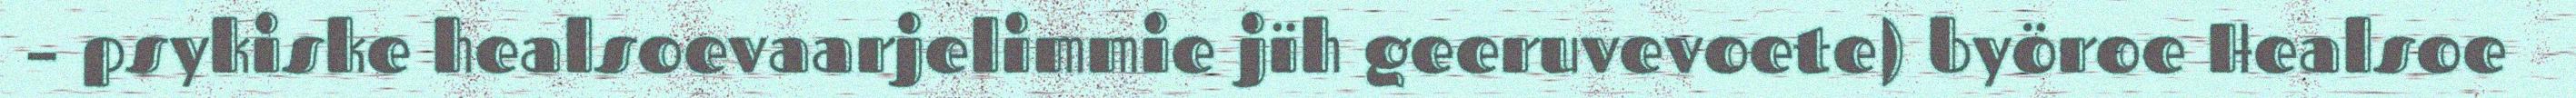
– psykiske healsoevaarjelimmie jïh geeruvevoete) byöroe Healsoe